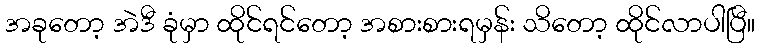
အခုတော့ အဲဒီ ခုံမှာ ထိုင်ရင်တော့ အစားစားရမှန်း သိတော့ ထိုင်လာပါပြီ။